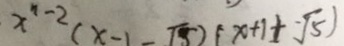
x ^ { - 2 } ( x - 1 - \sqrt { 5 } ) x ( x + 1 + \sqrt { 5 } )